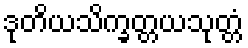
ဒုတိယသိက္ခတ္တယသုတ္တံ